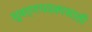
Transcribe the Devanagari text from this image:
सुवर्णपदकासाठी